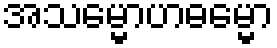
အသမ္မောဟဓမ္မော